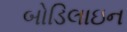
બોડિલાઇન